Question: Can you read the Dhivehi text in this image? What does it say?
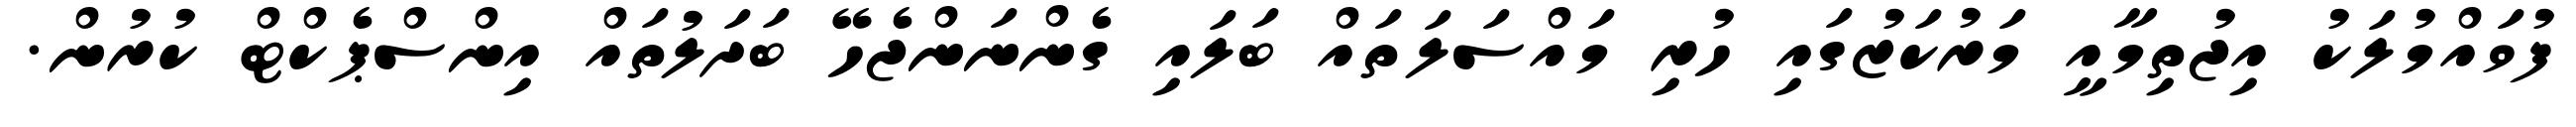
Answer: ފުވައްމުލަކު އިޖުތިމާއީ މަރުކަޒުގައި ހުރި މައްސަލަތައް ބަލައި ގެންނަންޖެހޭ ބަދަލުތައް އިންސްޕެކްޓް ކުރުން.